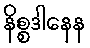
နိစ္စဒါနေန